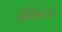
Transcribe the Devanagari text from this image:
सिंथटेज